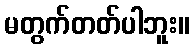
မတွက်တတ်ပါဘူး။